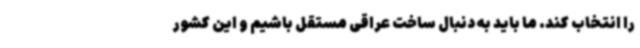
را انتخاب کند. ما باید به دنبال ساخت عراقی مستقل باشیم و این کشور